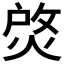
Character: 𤉰